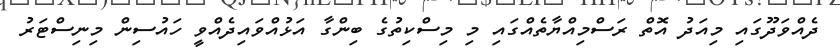
ދެއްވަދޫގައި މިއަދު އޮތް ރަސްމިއްޔާތެއްގައި މި މިސްކިތުގެ ބިންގާ އަޅުއްވައިދެއްވީ ހައުސިން މިނިސްޓަރު